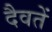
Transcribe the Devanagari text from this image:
दैवतें